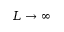
L \to \infty